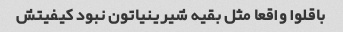
باقلوا واقعا مثل بقیه شیرینیاتون نبود کیفیتش